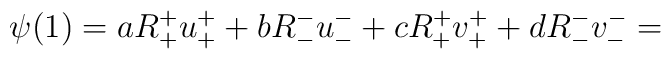
\psi(1) = a R_{+}^{+} u_{+}^{+} + bR_{-}^{-} u_{-}^{-} + cR_{+}^{+} v_{+}^{+} + dR_{-}^{-} v_{-}^{-} =